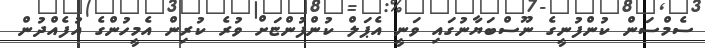
ސެމްސަން ކުންފުނީގެ ނޫސްބަޔާނުގައި ވަނީ އެޕަލް ކުންފުންޏަށް ވުރެ ކުރިން އެމީހުންގެ އުފެއްދުން